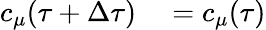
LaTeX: \begin{array}{rl}{c_{\mu}(\tau+\Delta\tau)}&{{}=c_{\mu}(\tau)}\end{array}